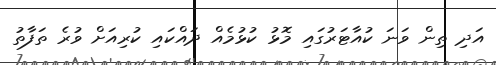
އަދި ތިން ވަނަ ކުއާޓަރުގައި މޮޅު ކުޅުމެއް ދައްކައި ކުރިއަށް ވުރެ ތަފާތު